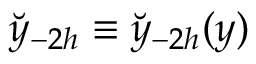
\breve { y } _ { - 2 h } \equiv \breve { y } _ { - 2 h } ( y )